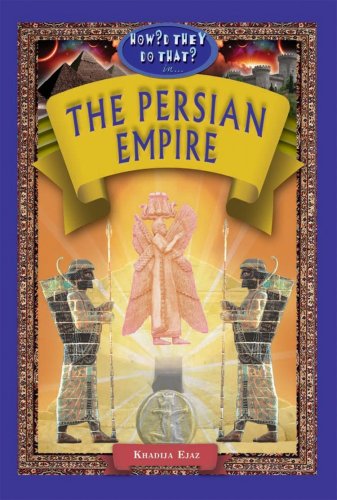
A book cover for In the Persian Empire (How'd They Do That?) (How'd They Do That? Lifestyle, Culture, Holidays); Khadija Ejaz; Children's Books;